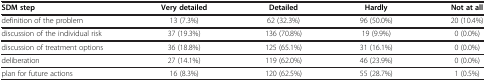
| SDM step | Very detailed | Detailed | Hardly | Not at all |
 | --- | --- | --- | --- | --- |
 | definition of the problem | 13 (7.3%) | 62 (32.3%) | 96 (50.0%) | 20 (10.4%) |
 | discussion of the individual risk | 37 (19.3%) | 136 (70.8%) | 19 (9.9%) | 0 (0.0%) |
 | discussion of treatment options | 36 (18.8%) | 125 (65.1%) | 31 (16.1%) | 0 (0.0%) |
 | deliberation | 27 (14.1%) | 119 (62.0%) | 46 (23.9%) | 0 (0.0%) |
 | plan for future actions | 16 (8.3%) | 120 (62.5%) | 55 (28.7%) | 1 (0.5%) |